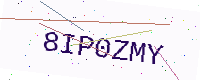
Text: 8IP0ZMY